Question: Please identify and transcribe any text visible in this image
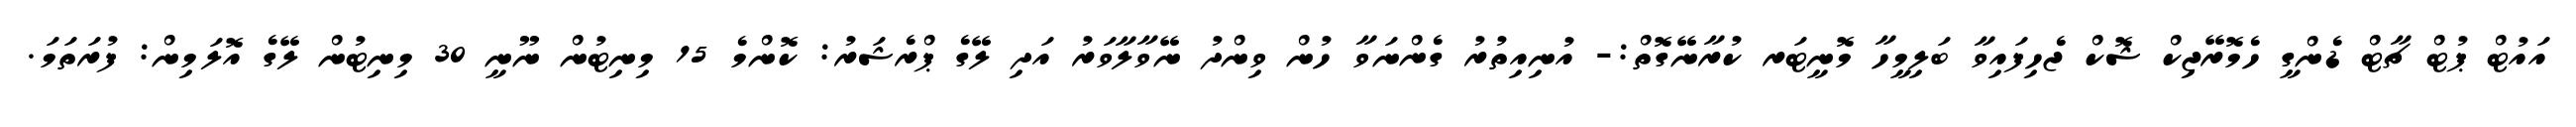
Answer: އައުޓް ޕުޓް ޗާޓް ޑެންގީ ހެމޮރޭޖިކް ޝޮކް ޖެހިފައިވާ ބަލިމީހާ މޮނީޓަރ ކުރާނޭގޮތް:- އުނިއިތުރު ގެންނަވާ ހުން ވިންދު ނޭވާލާވަރު އަދި ލޭގެ ޕްރެޝަރު: ކޮންމެ 15 މިނިޓުން ނޫނީ 30 މިނިޓުން ލޭގެ އޮލަމިން: ފުރަތަމަ.